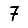
Digit: 7